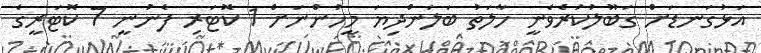
އަޅުގަނޑަށް ގަބޫލުކުރެވެނީ ހާލަތު ބަލަންދިޔަ މީހުންނަށް 1 ކޮޓަރި ފެނުނީ 7 ކޮޓަރީގެ